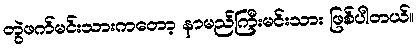
တွဲဖက်မင်းသားကတော့ နာမည်ကြီးမင်းသား ဖြစ်ပါတယ်။